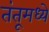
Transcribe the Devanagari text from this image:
तंतूमध्ये